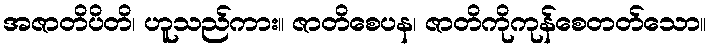
အဇာတိပိတိ၊ ဟူသည်ကား။ ဇာတိစေပန၊ ဇာတိကိုကုန်စေတတ်သော။